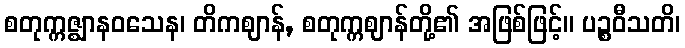
စတုက္ကဇ္ဈာနဝသေန၊ တိကဈာန်, စတုက္ကဈာန်တို့၏ အဖြစ်ဖြင့်။ ပဉ္စဝီသတိ၊